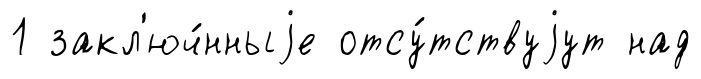
1 закл'юч́нныjе отсу́тствуjут над